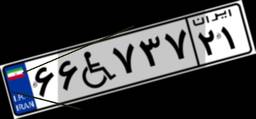
۶۶W۷۳۷۲۱